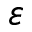
\varepsilon